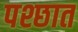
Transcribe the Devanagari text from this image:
पश्छात